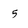
Character: 5